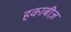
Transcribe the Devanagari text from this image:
हकाबीज़